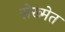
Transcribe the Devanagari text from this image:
सेख्मेत